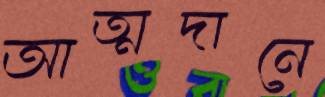
আত্মদানে